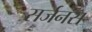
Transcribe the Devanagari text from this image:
सर्जनस